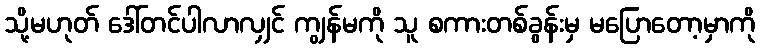
သို့မဟုတ် ဒေါ်တင်ပါလာလျှင် ကျွန်မကို သူ စကားတစ်ခွန်းမှ မပြောတော့မှာကို